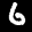
Label: 6